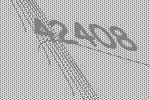
42408